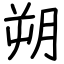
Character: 朔